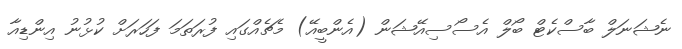
ނެޝަނަލް ބާސްކެޓް ބޯލް އެސޯސިއޭޝަން (އެންބީއޭ) މެޗެއްގައި ފުރަތަމަ ފަހަރަށް ކުޅުނު އިންޑިއާ